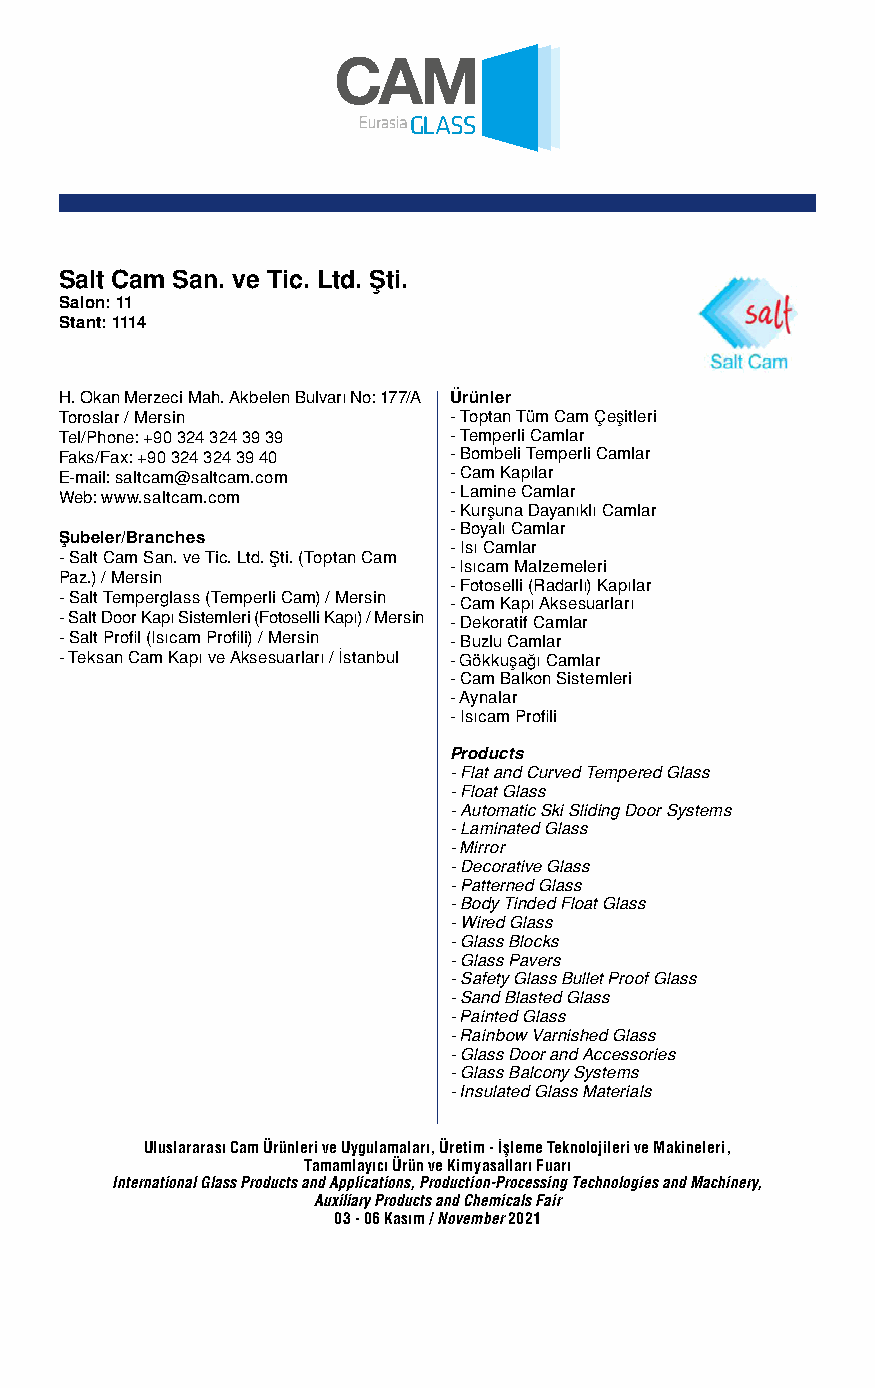
Salt Cam San. ve Tic. Ltd. Şti.
 Salon: 11
 Stant: 1114
 H. Okan Merzeci Mah. Akbelen Bulvarı No: 177/A Ürünler
 Toroslar / Mersin         - Toptan Tüm Cam Çeşitleri
 Tel/Phone: +90 324 324 39 39 - Temperli Camlar
 Faks/Fax: +90 324 324 39 40 - Bombeli Temperli Camlar
 E-mail: saltcam@saltcam.com - Cam Kapılar
 Web: www.saltcam.com      - Lamine Camlar
 - Kurşuna Dayanıklı Camlar
 - Boyalı Camlar
 Şubeler/Branches
 - Isı Camlar
 - Salt Cam San. ve Tic. Ltd. Şti. (Toptan Cam
 - Isıcam Malzemeleri
 Paz.) / Mersin
 - Fotoselli (Radarlı) Kapılar
 - Salt Temperglass (Temperli Cam) / Mersin - Cam Kapı Aksesuarları
 - Salt Door Kapı Sistemleri (Fotoselli Kapı) / Mersin - Dekoratif Camlar
 - Salt Profil (Isıcam Profili) / Mersin - Buzlu Camlar
 - Teksan Cam Kapı ve Aksesuarları / İstanbul - Gökkuşağı Camlar
 - Cam Balkon Sistemleri
 - Aynalar
 - Isıcam Profili
 Products
 - Flat and Curved Tempered Glass
 - Float Glass
 - Automatic Ski Sliding Door Systems
 - Laminated Glass
 - Mirror
 - Decorative Glass
 - Patterned Glass
 - Body Tinded Float Glass
 - Wired Glass
 - Glass Blocks
 - Glass Pavers
 - Safety Glass Bullet Proof Glass
 - Sand Blasted Glass
 - Painted Glass
 - Rainbow Varnished Glass
 - Glass Door and Accessories
 - Glass Balcony Systems
 - Insulated Glass Materials
 Uluslararası Cam Ürünleri ve Uygulamaları, Üretim - İşleme Teknolojileri ve Makineleri,
 Tamamlayıcı Ürün ve Kimyasalları Fuarı
 International Glass Products and Applications, Production-Processing Technologies and Machinery,
 Auxiliary Products and Chemicals Fair
 03 - 06 Kasım / November 2021